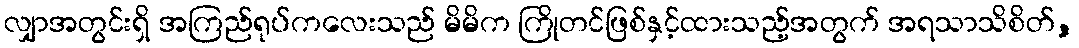
လျှာအတွင်းရှိ အကြည်ရုပ်ကလေးသည် မိမိက ကြိုတင်ဖြစ်နှင့်ထားသည့်အတွက် အရသာသိစိတ်,